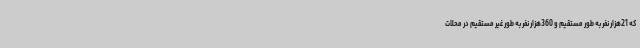
که 21هزار نفر به طور مستقیم و 360هزار نفر به طور غیر مستقیم در محلات